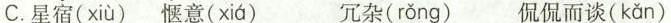
C.星\underset{·}{宿}( xiùq )\underset{·}{惬}意( xiá ) \underset{·}{冗}杂( rǒng ) \underset{·}{侃}侃而谈( kǎn )